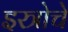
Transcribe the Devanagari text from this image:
इस्त्रोचे